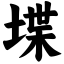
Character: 堞